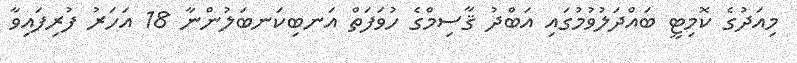
މިއަދުގެ ކޮމިޓީ ބައްދަލުވުމުގައި އަބްދު ޤާސިމްގެ ހުވަފަތް އަނބިކަނބަލުންނާ 18 އަހަރު ފުރިފައިވާ